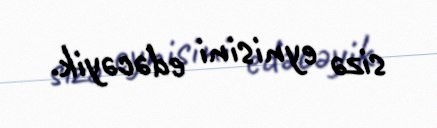
sizə eynisini edəcəyik.